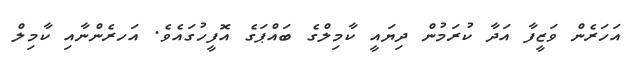
އަހަރެން ވަޒީފާ އަދާ ކުރަމުން ދިޔައީ ކާމިލްގެ ބައްޕަގެ އޮފީހުގައެވެ. އަހރެންނާއި ކާމިލް